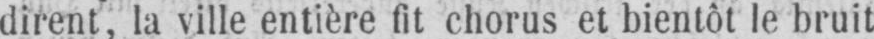
dirent, la ville entière fit chorus et bientôt le bruit